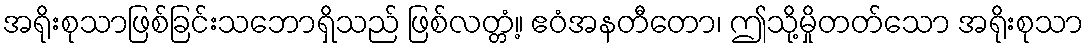
အရိုးစုသာဖြစ်ခြင်းသဘောရှိသည် ဖြစ်လတ္တံ့။ ဧဝံအနတီတော၊ ဤသို့မှိုတတ်သော အရိုးစုသာ